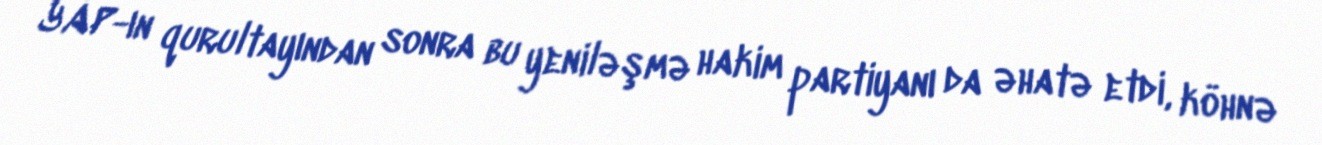
YAP-ın qurultayından sonra bu yeniləşmə hakim partiyanı da əhatə etdi, köhnə